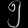
Digit: ၅